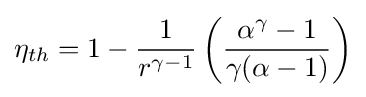
\eta _{th}=1-{\frac {1}{r^{\gamma -1}}}\left({\frac {\alpha ^{\gamma }-1}{\gamma (\alpha -1)}}\right)